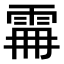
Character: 𩂨